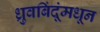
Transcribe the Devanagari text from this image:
ध्रुवबिंदूंमधून